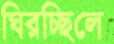
ঘিরচ্ছিলে